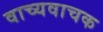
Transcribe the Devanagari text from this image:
वाच्यवाचक